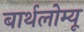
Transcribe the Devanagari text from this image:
बार्थलोम्यू